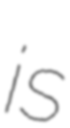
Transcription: is